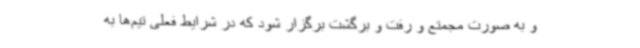
و به صورت مجمتع و رفت و برگشت برگزار شود که در شرایط فعلی تیم‌ها به